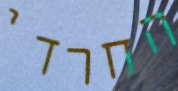
החרדי